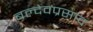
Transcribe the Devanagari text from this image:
बल्देवप्रसाद